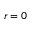
r = 0